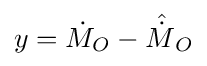
y={\dot {M}}_{O}-{\hat {\dot {M}}}_{O}